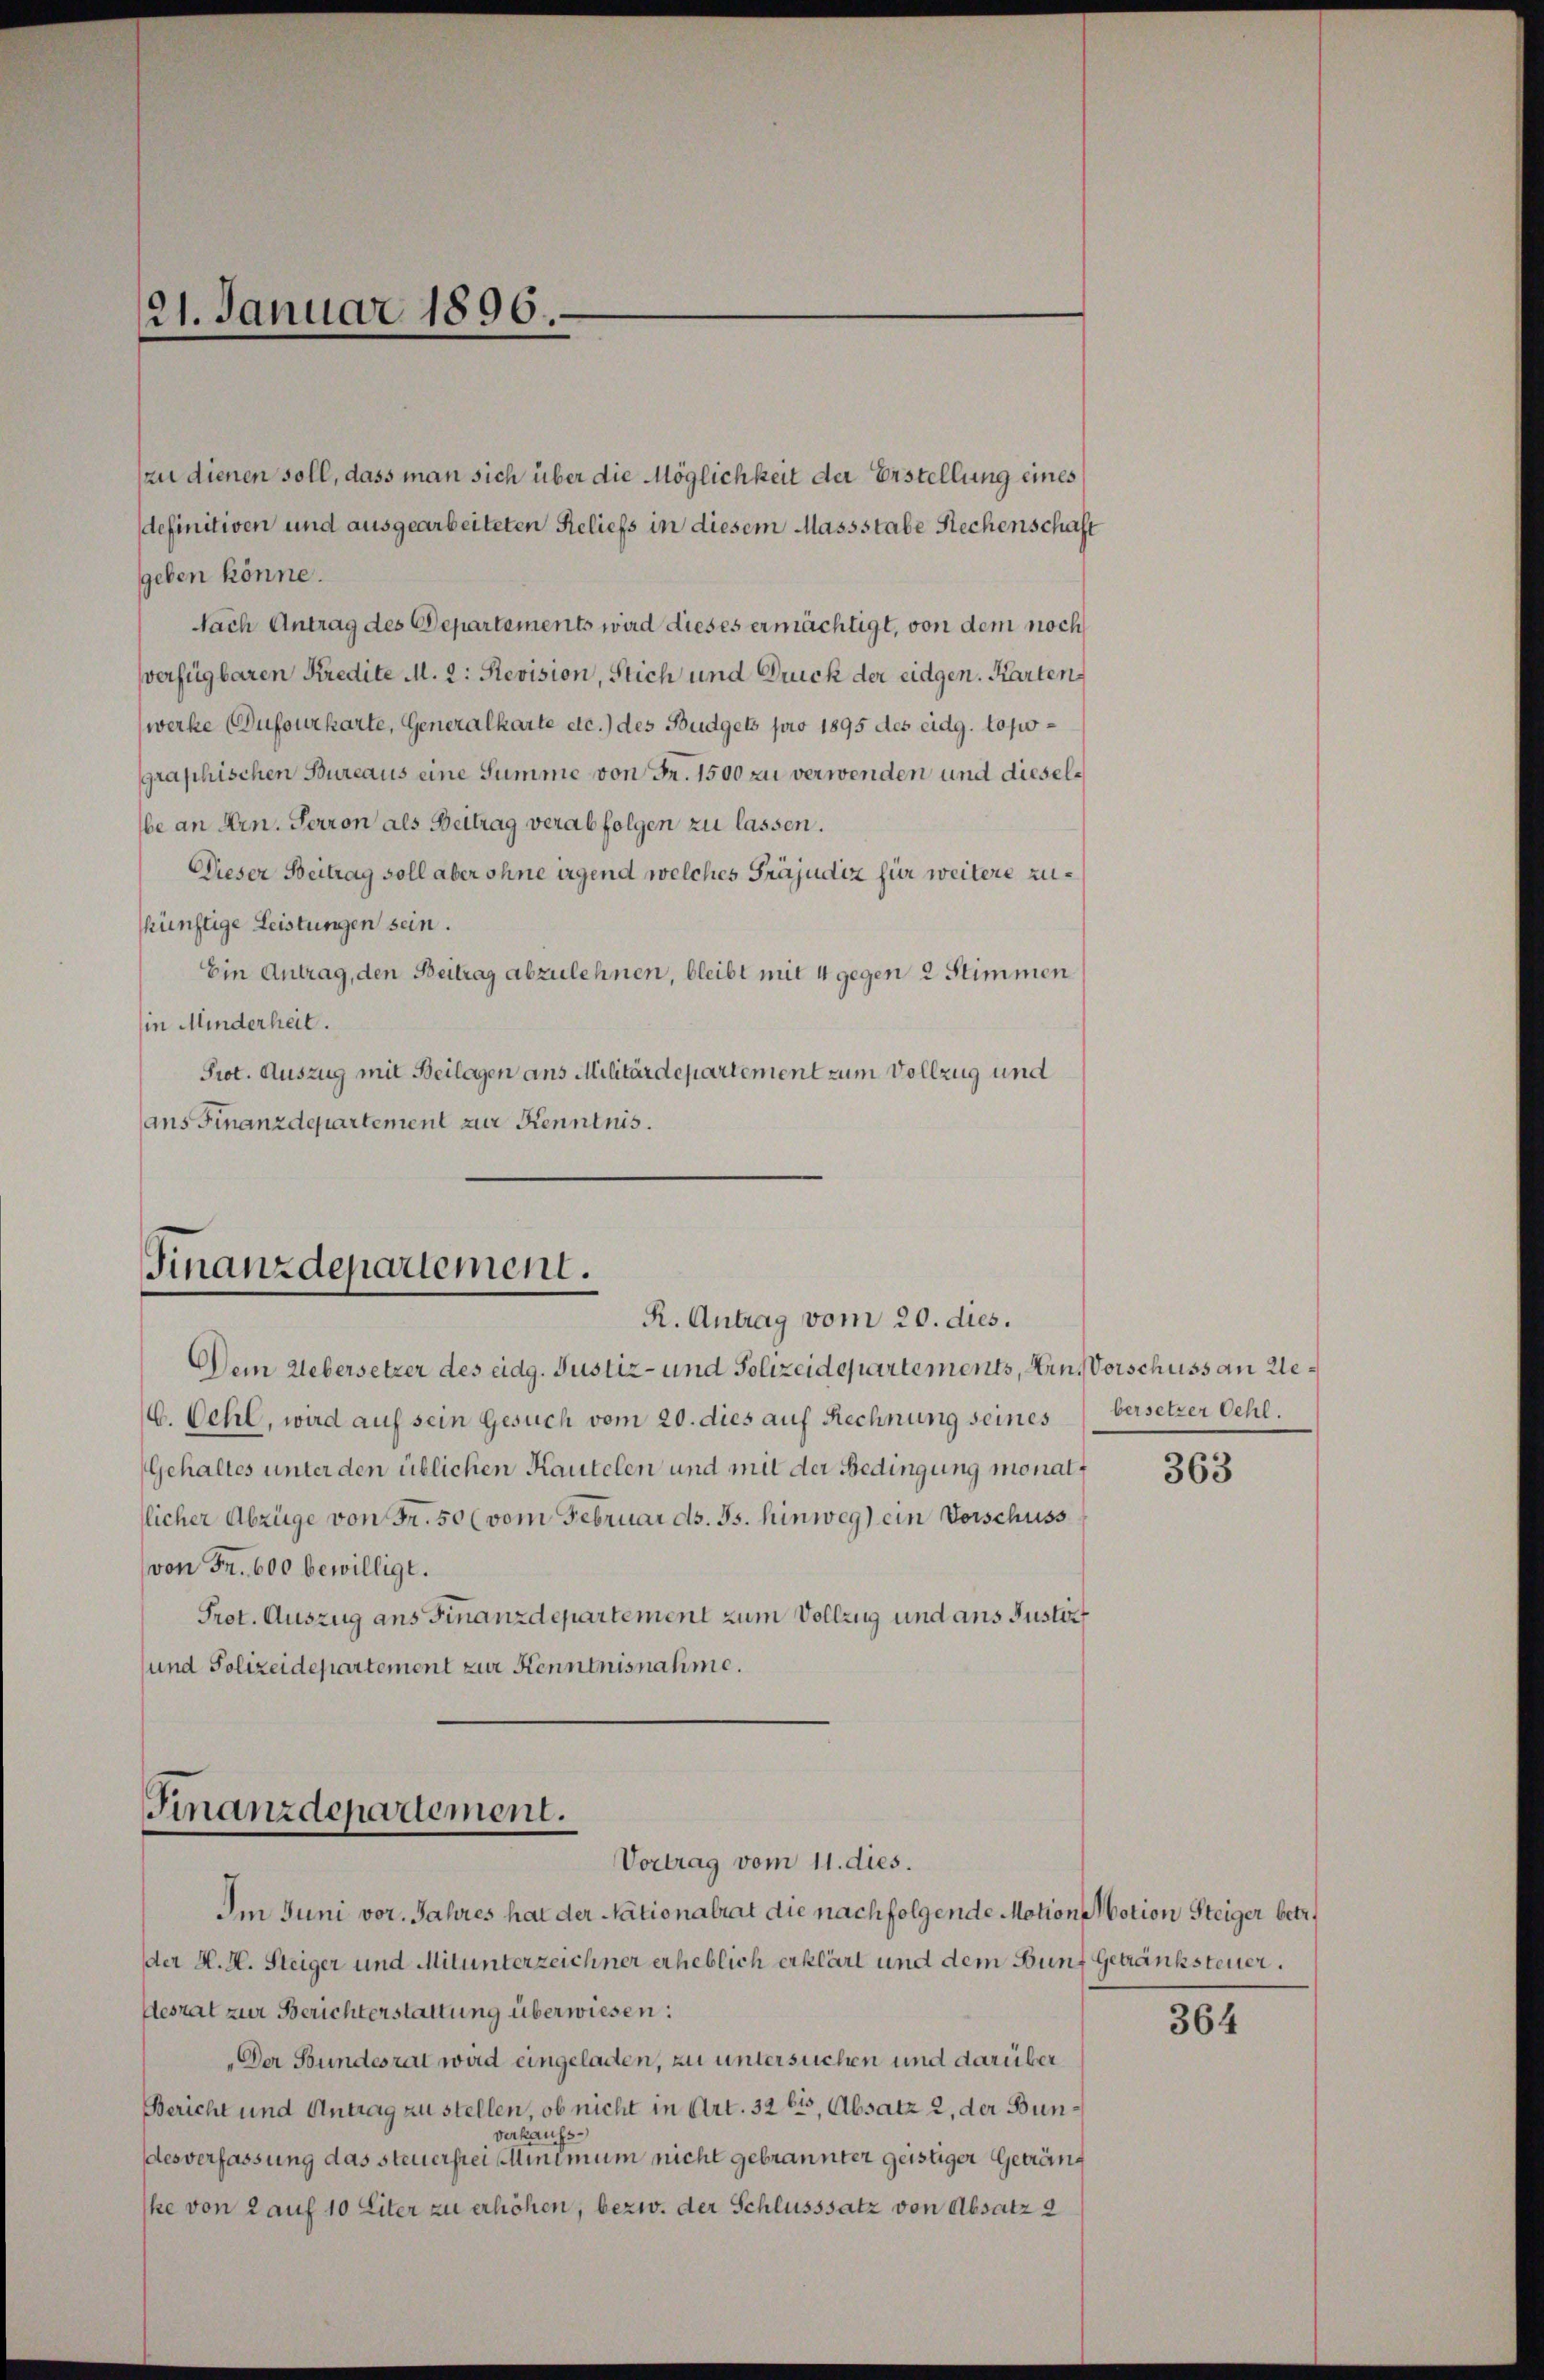
21. Januar 1896.

zu dienen soll, dass man sich über die Möglichkeit der Erstellung eines
definitiven und ausgearbeiteten Reliefs in diesem Massstabe Rechenschaft
geben könne.
Nach Antrag des Departements wird dieses ermächtigt, von dem noch
verfügbaren Kredite M. 2: Revision, Stich und Druck der eidgen. Karten
werke (Dufourkarte, Generalkarte etc.) des Budgets pro 1895 des eidg. topographischen Bureaus eine Summe von Fr. 1500 zu verwenden und dieselbe an Hrn. Perron als Beitrag verabfolgen zu lassen.
Dieser Beitrag soll aber ohne irgend welches Präjudiz für weitere zukünftige Leistungen sein.
Ein Antrag, den Beitrag abzulehnen, bleibt mit 4 gegen 2 Stimmen
in Minderheit.
Prot. Auszug mit Beilagen aus Militärdepartement zum Vollzug und
ans Finanzdepartement zur Kenntnis.

Finanzdepartement.

Dein Uebersetzer des eidg. Justiz- und Polizeidepartements, EinsVorschuss an Re¬
C. Oehl, wird auf sein Gesuch vom 20. dies auf Rechnung seines versetzer Oehl.
Gehaltes unter den üblichen Kautelen und mit der Bedingung monatllicher Abzüge von Fr. 50 (vom Februar ds. Js. hinweg) ein Verschuss
von Fr. 600 bewilligt.
Prot. Auszug ans Finanzdepartement zum Vollzug und aus Justiz
und Polizeidepartement zur Kenntnisnahme.

Finanzdepadement.
Vortrag vom 11. dies.

R. Antrag vom 20. dies.

Im Juni vor. Jahres hat der Nationalrat die nachfolgende Motions Notion Steiger betr.
der H. H. Steiger und Mitunterzeichner erheblich erklärt und dem Bunf Getränksteuer.
desrat zur Berichterstattung überwiesen:
Der Stundesrat wird eingeladen, zu untersuchen und darüber
Bericht und Antrag zu stellen, ob nicht in Art. 32 bis, Absatz 2, der Bunverkaufs-
desverfassung das steuerfrei Minimum nicht gebrannter geistiger Gedräng
ke von 2 auf 10 Liter zu erhöhen, bezw. der Schlusssatz von Absatz 2

363

364